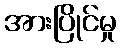
အားပြိုင်မှု